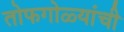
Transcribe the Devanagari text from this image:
तोफगोळ्यांची